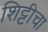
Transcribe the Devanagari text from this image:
शिट्टीचा